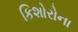
કિશોરોના